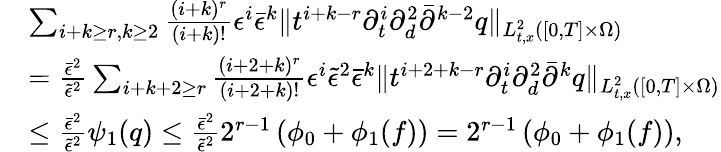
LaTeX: \begin{array}{rl}&{\sum_{i+k\ge r,k\ge 2}\frac{(i+k)^{r}}{(i+k)!}\epsilon^{i}\bar{\epsilon}^{k}\| t^{i+k-r}\partial_{t}^{i}\partial_{d}^{2}\bar{\partial}^{k-2}q\| _{L_{t,x}^{2}([0,T]\times\Omega)}}\\ &{=\frac{\bar{\epsilon}^{2}}{\tilde{\epsilon}^{2}}\sum_{i+k+2\ge r}\frac{(i+2+k)^{r}}{(i+2+k)!}\epsilon^{i}\tilde{\epsilon}^{2}\bar{\epsilon}^{k}\| t^{i+2+k-r}\partial_{t}^{i}\partial_{d}^{2}\bar{\partial}^{k}q\| _{L_{t,x}^{2}([0,T]\times\Omega)}}\\ &{\le\frac{\bar{\epsilon}^{2}}{\tilde{\epsilon}^{2}}\psi_{1}(q)\le\frac{\bar{\epsilon}^{2}}{\tilde{\epsilon}^{2}}2^{r-1}\left(\phi_{0}+\phi_{1}(f)\right)=2^{r-1}\left(\phi_{0}+\phi_{1}(f)\right),}\end{array}